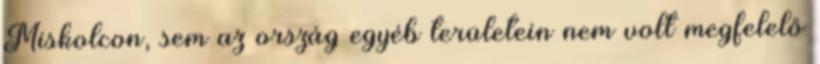
Miskolcon, sem az ország egyéb területein nem volt megfelelő